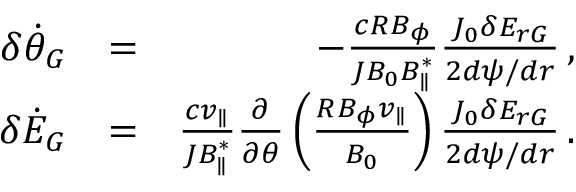
\begin{array} { r l r } { \delta \dot { \theta } _ { G } } & { = } & { - \frac { c R B _ { \phi } } { { \cal J } B _ { 0 } B _ { \parallel } ^ { * } } \frac { J _ { 0 } \delta E _ { r G } } { 2 d \psi / d r } \, , } \\ { \delta \dot { \cal E } _ { G } } & { = } & { \frac { c v _ { \parallel } } { { \cal J } B _ { \parallel } ^ { * } } \frac { \partial } { \partial \theta } \left( \frac { R B _ { \phi } v _ { \parallel } } { B _ { 0 } } \right) \frac { J _ { 0 } \delta E _ { r G } } { 2 d \psi / d r } \, . } \end{array}